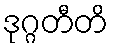
ဒုဂ္ဂတီတိ